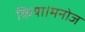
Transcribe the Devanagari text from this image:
किया।मनोज